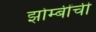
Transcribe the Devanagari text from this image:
झोम्बींची